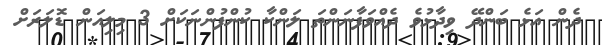
ދެން އަޅެ ބަންދޭ ވިދާޅުވެ ދެއްވަފާނަންތަ ލަންކާ ކުންފުންނަކަށް 3 މިލިއަން ޑޮލަރަށް